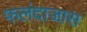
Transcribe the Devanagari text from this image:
फलंदाजास